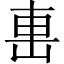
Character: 𨊥